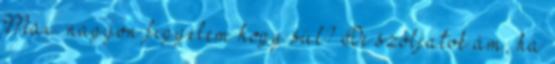
Max. nagyon figyelem hogy sül? De szóljatok ám, ha